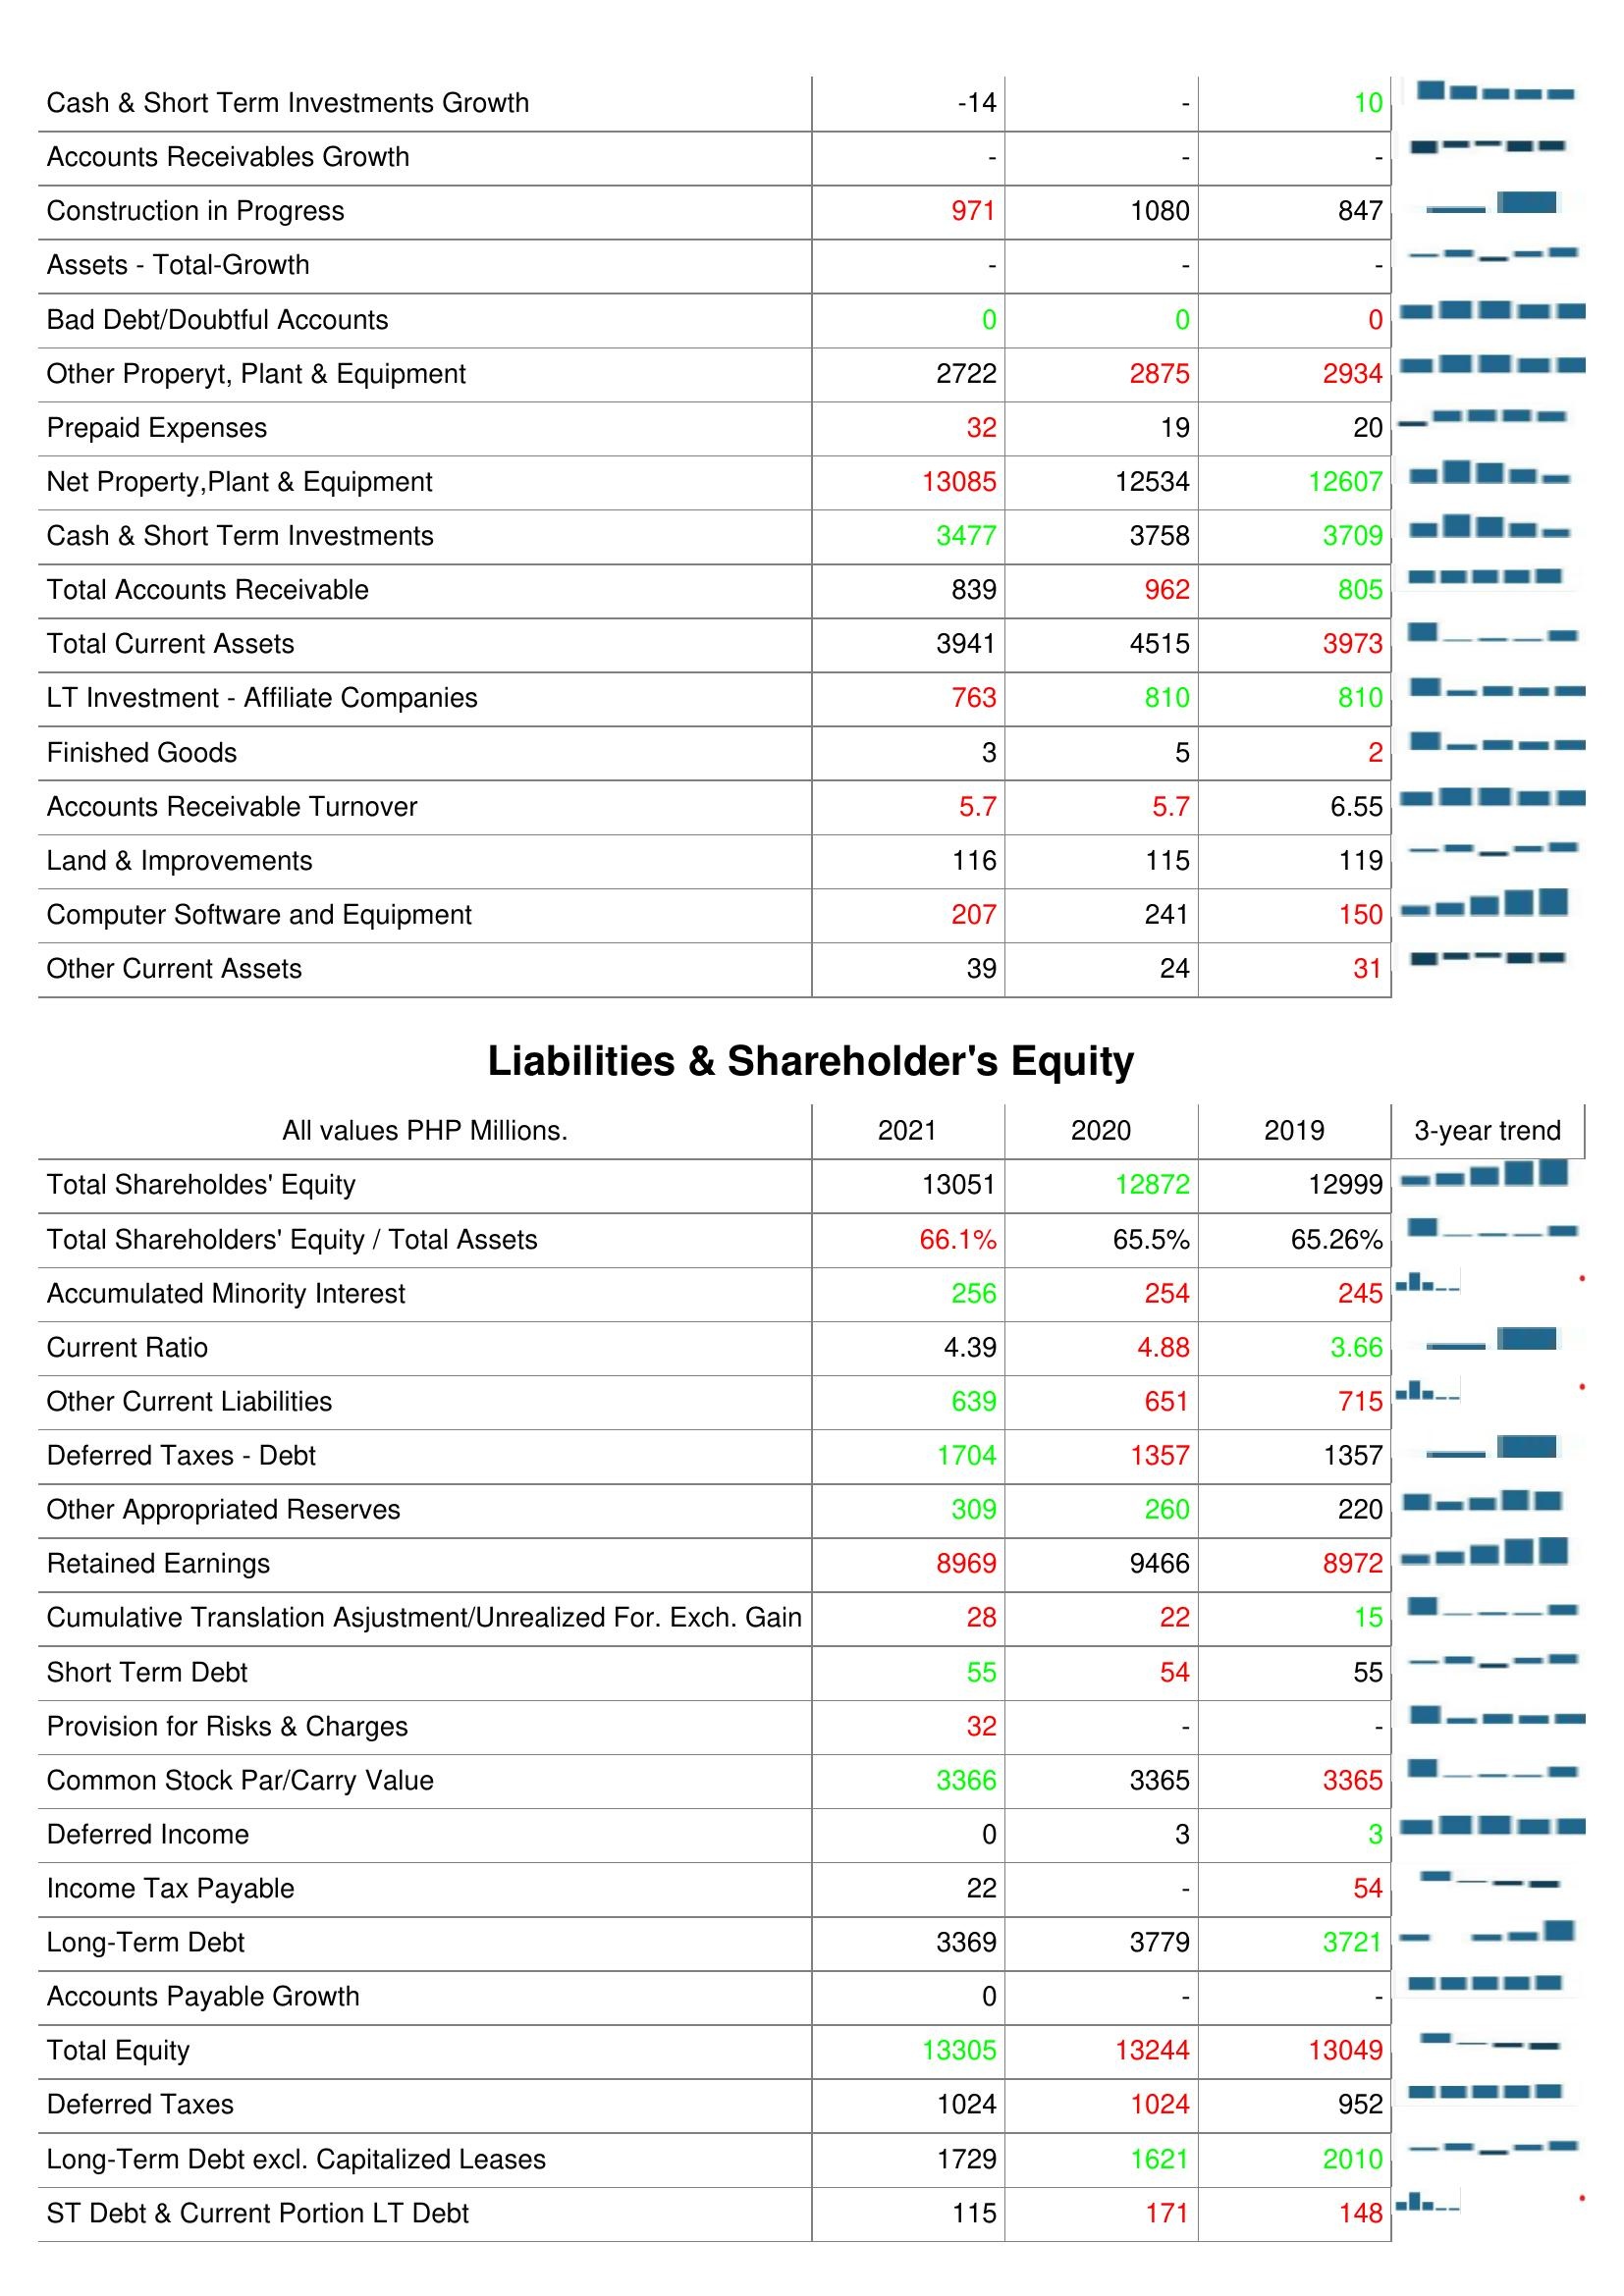
2021: Assets: Cash & Short Term Investments Growth: -14
Accounts Receivables Growth: -
Construction in Progress: 971
Assets - Total-Growth: -
Bad Debt/Doubtful Accounts: 0
Other Properyt, Plant & Equipment: 2722
Prepaid Expenses: 32
Net Property,Plant & Equipment: 13085
Cash & Short Term Investments: 3477
Total Accounts Receivable: 839
Total Current Assets: 3941
LT Investment - Affiliate Companies: 763
Finished Goods: 3
Accounts Receivable Turnover: 5.7
Land & Improvements: 116
Computer Software and Equipment: 207
Other Current Assets: 39
Liabilities & Shareholder's Equity: Total Shareholdes' Equity: 13051
Total Shareholders' Equity / Total Assets: 66.1%
Accumulated Minority Interest: 256
Current Ratio: 4.39
Other Current Liabilities: 639
Deferred Taxes - Debt: 1704
Other Appropriated Reserves: 309
Retained Earnings: 8969
Cumulative Translation Asjustment/Unrealized For. Exch. Gain: 28
Short Term Debt: 55
Provision for Risks & Charges: 32
Common Stock Par/Carry Value: 3366
Deferred Income: 0
Income Tax Payable: 22
Long-Term Debt: 3369
Accounts Payable Growth: 0
Total Equity: 13305
Deferred Taxes: 1024
Long-Term Debt excl. Capitalized Leases: 1729
ST Debt & Current Portion LT Debt: 115
2020: Assets: Cash & Short Term Investments Growth: -
Accounts Receivables Growth: -
Construction in Progress: 1080
Assets - Total-Growth: -
Bad Debt/Doubtful Accounts: 0
Other Properyt, Plant & Equipment: 2875
Prepaid Expenses: 19
Net Property,Plant & Equipment: 12534
Cash & Short Term Investments: 3758
Total Accounts Receivable: 962
Total Current Assets: 4515
LT Investment - Affiliate Companies: 810
Finished Goods: 5
Accounts Receivable Turnover: 5.7
Land & Improvements: 115
Computer Software and Equipment: 241
Other Current Assets: 24
Liabilities & Shareholder's Equity: Total Shareholdes' Equity: 12872
Total Shareholders' Equity / Total Assets: 65.5%
Accumulated Minority Interest: 254
Current Ratio: 4.88
Other Current Liabilities: 651
Deferred Taxes - Debt: 1357
Other Appropriated Reserves: 260
Retained Earnings: 9466
Cumulative Translation Asjustment/Unrealized For. Exch. Gain: 22
Short Term Debt: 54
Provision for Risks & Charges: -
Common Stock Par/Carry Value: 3365
Deferred Income: 3
Income Tax Payable: -
Long-Term Debt: 3779
Accounts Payable Growth: -
Total Equity: 13244
Deferred Taxes: 1024
Long-Term Debt excl. Capitalized Leases: 1621
ST Debt & Current Portion LT Debt: 171
2019: Assets: Cash & Short Term Investments Growth: 10
Accounts Receivables Growth: -
Construction in Progress: 847
Assets - Total-Growth: -
Bad Debt/Doubtful Accounts: 0
Other Properyt, Plant & Equipment: 2934
Prepaid Expenses: 20
Net Property,Plant & Equipment: 12607
Cash & Short Term Investments: 3709
Total Accounts Receivable: 805
Total Current Assets: 3973
LT Investment - Affiliate Companies: 810
Finished Goods: 2
Accounts Receivable Turnover: 6.55
Land & Improvements: 119
Computer Software and Equipment: 150
Other Current Assets: 31
Liabilities & Shareholder's Equity: Total Shareholdes' Equity: 12999
Total Shareholders' Equity / Total Assets: 65.26%
Accumulated Minority Interest: 245
Current Ratio: 3.66
Other Current Liabilities: 715
Deferred Taxes - Debt: 1357
Other Appropriated Reserves: 220
Retained Earnings: 8972
Cumulative Translation Asjustment/Unrealized For. Exch. Gain: 15
Short Term Debt: 55
Provision for Risks & Charges: -
Common Stock Par/Carry Value: 3365
Deferred Income: 3
Income Tax Payable: 54
Long-Term Debt: 3721
Accounts Payable Growth: -
Total Equity: 13049
Deferred Taxes: 952
Long-Term Debt excl. Capitalized Leases: 2010
ST Debt & Current Portion LT Debt: 148